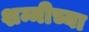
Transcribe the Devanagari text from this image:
शम्मीच्या